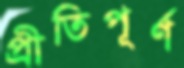
প্রীতিপূর্ণ